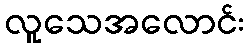
လူသေအလောင်း